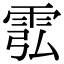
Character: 䨎